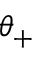
\theta _ { + }